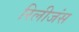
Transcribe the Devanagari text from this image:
रिलीजंस